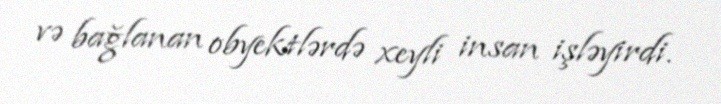
və bağlanan obyektlərdə xeyli insan işləyirdi.